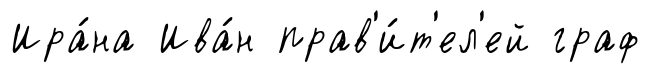
Ира́на Ива́н прав'и́т'ел'ей граф